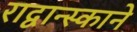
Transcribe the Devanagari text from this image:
राद्वान्स्काने